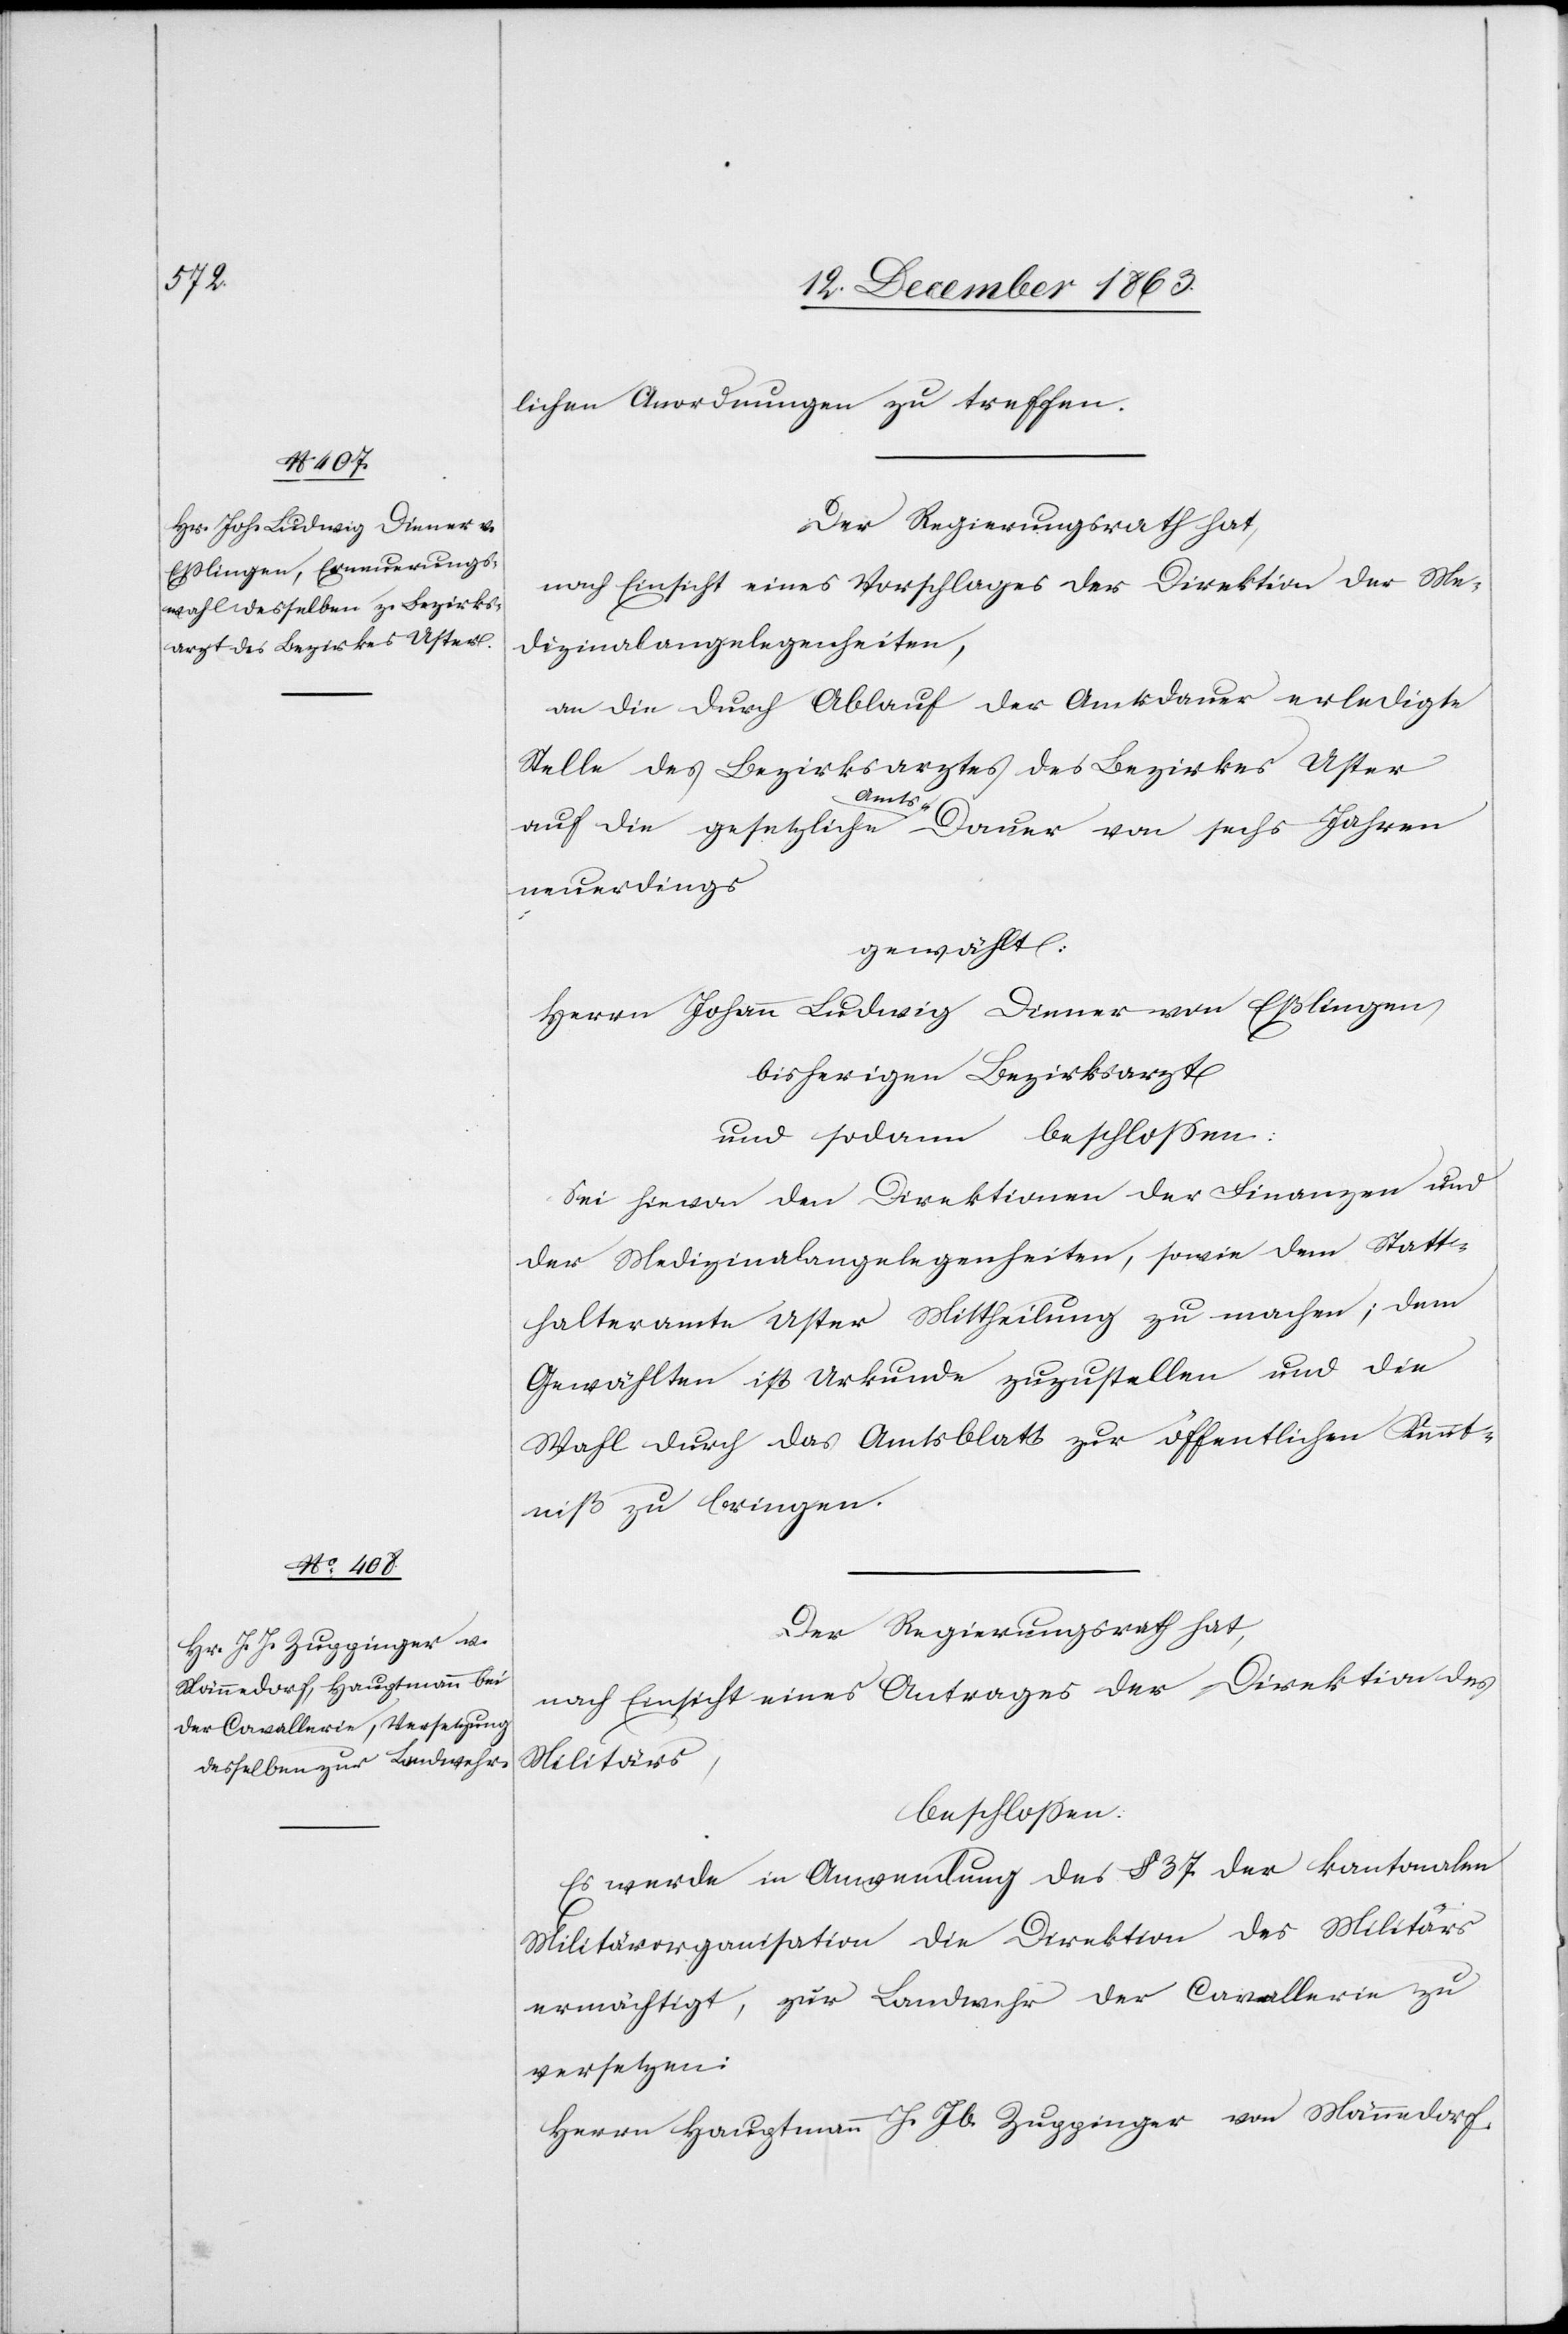
lichen Anordnungen zu treffen.
Der Regierungsrath hat,
nach Einsicht eines Vorschlages der Direktion der Me¬
dizinalangelegenheiten,
an die durch Ablauf der Amtsdauer erledigte
Stelle des Bezirksarztes des Bezirkes Uster
auf die gesetzliche Amts-Dauer von sechs Jahren
neuerdings
gewählt
Herrn Johann Ludwig Diener von Eßlingen,
bisherigen Bezirksarzt
und sodann beschlossen:
Sei hievon den Direktionen der Finanzen und
der Medizinalangelegenheiten, sowie dem Statt¬
halteramte Uster Mittheilung zu machen; dem
Gewählten ist Urkunde zuzustellen und die
Wahl durch das Amtsblatt zur öffentlichen Kennt¬
niß zu bringen.
Der Regierungsrath hat,
nach Einsicht eines Antrages der Direktion des
Militärs,
beschlossen:
Es werde in Anwendung des § 37 der kantonalen
Militärorganisation die Direktion des Militärs
ermächtigt, zur Landwehr der Cavallerie zu
versetzen:
Herrn Hauptmann J. Jb. Zuppinger von Männedorf.